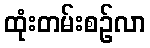
ထုံးတမ်းစဉ်လာ